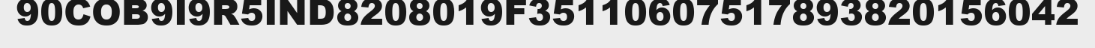
90COB9I9R5IND8208019F35110607517893820156042